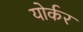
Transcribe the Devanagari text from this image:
योर्कर